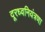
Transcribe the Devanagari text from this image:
दूरध्वनियंत्रणा